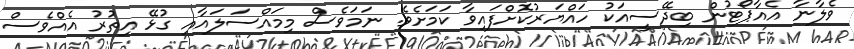
ވެލާނާ އެއާޕޯޓުން ބިދޭސީއަކު ހައްޔަރުކޮށްފައިވާ ކަމަށެވެ. ނަމަވެސް މިމައްސަލައާއި ގުޅޭ އިތުރު އެއްވެސް